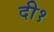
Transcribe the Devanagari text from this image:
दी१